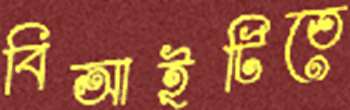
বিআইটিতে